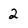
Character: 2